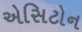
એસિટોન